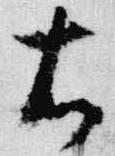
右